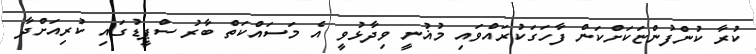
ކުރާ ކުންފުންޏަކަށްކަން ފާހަގަކުރައްވައި މުޣުނީ ވިދާޅުވީ އެ މަސައްކަތް ބާރު ސްޕީޑުގައި ކުރިއަށްދާ